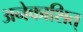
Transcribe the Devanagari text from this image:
अनेकाशित्‌